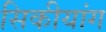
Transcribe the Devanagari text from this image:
सिकीयांग